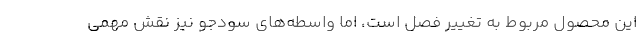
این محصول مربوط به تغییر فصل است،‌ اما واسطه‌های سودجو نیز نقش مهمی